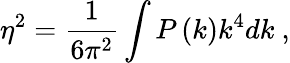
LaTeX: \eta^{2}=\frac{1}{6\pi^{2}}\int P\left(k\right)k^{4}dk\ ,